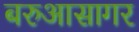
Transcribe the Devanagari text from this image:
बरुआसागर